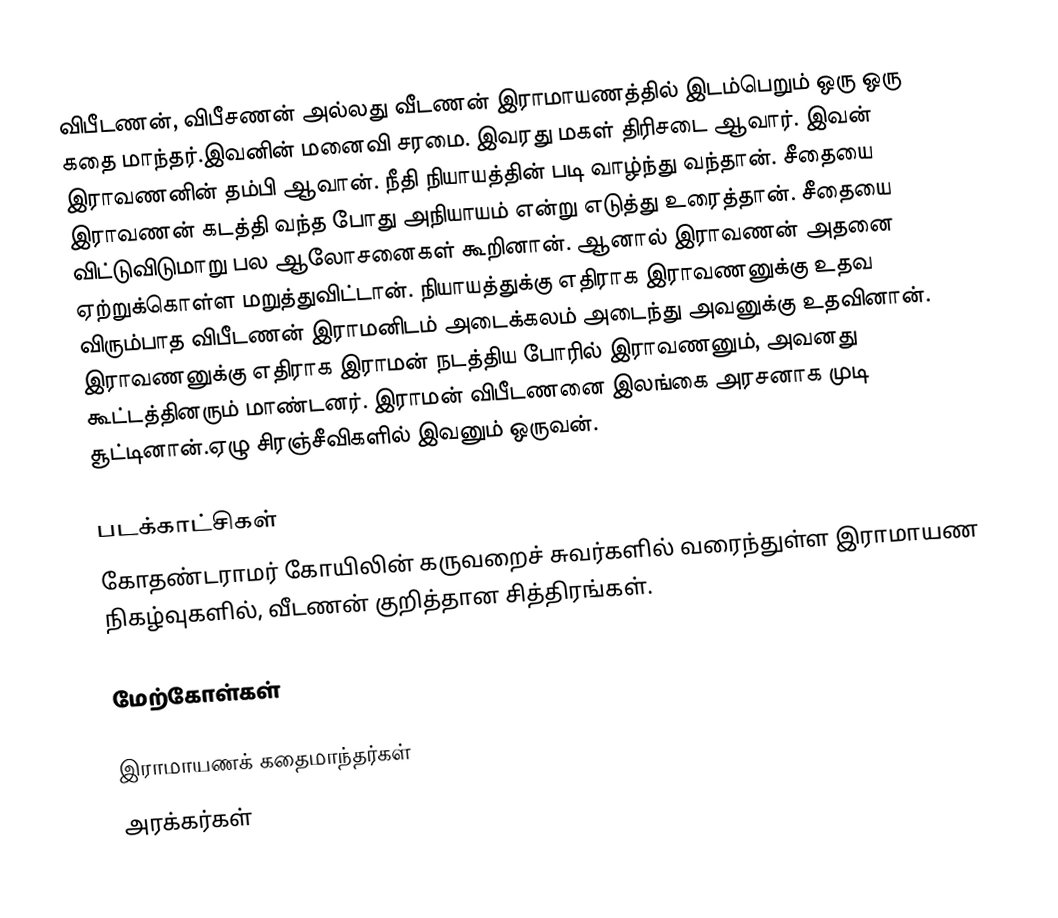
விபீடணன், விபீசணன் அல்லது வீடணன் இராமாயணத்தில் இடம்பெறும் ஒரு ஒரு கதை மாந்தர்.இவனின் மனைவி சரமை. இவரது மகள் திரிசடை ஆவார். இவன் இராவணனின் தம்பி ஆவான். நீதி நியாயத்தின் படி வாழ்ந்து வந்தான். சீதையை இராவணன் கடத்தி வந்த போது அநியாயம் என்று எடுத்து உரைத்தான். சீதையை விட்டுவிடுமாறு பல ஆலோசனைகள் கூறினான். ஆனால் இராவணன் அதனை ஏற்றுக்கொள்ள மறுத்துவிட்டான். நியாயத்துக்கு எதிராக இராவணனுக்கு உதவ விரும்பாத விபீடணன் இராமனிடம் அடைக்கலம் அடைந்து அவனுக்கு உதவினான். இராவணனுக்கு எதிராக இராமன் நடத்திய போரில் இராவணனும், அவனது கூட்டத்தினரும் மாண்டனர். இராமன் விபீடணனை இலங்கை அரசனாக முடி சூட்டினான்.ஏழு சிரஞ்சீவிகளில் இவனும் ஒருவன்.

படக்காட்சிகள்
கோதண்டராமர் கோயிலின் கருவறைச் சுவர்களில் வரைந்துள்ள இராமாயண நிகழ்வுகளில், வீடணன் குறித்தான சித்திரங்கள்.

மேற்கோள்கள்

இராமாயணக் கதைமாந்தர்கள்
அரக்கர்கள்